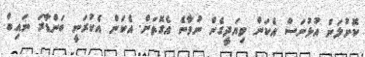
ކޮށްލަން އުޅުނަސް އެކަން ވިޔަދީގެން ނުވާނެ އެގޮތަށް. އެކަން އެކުރަނީ ބަންޑާރަ ނައިބް